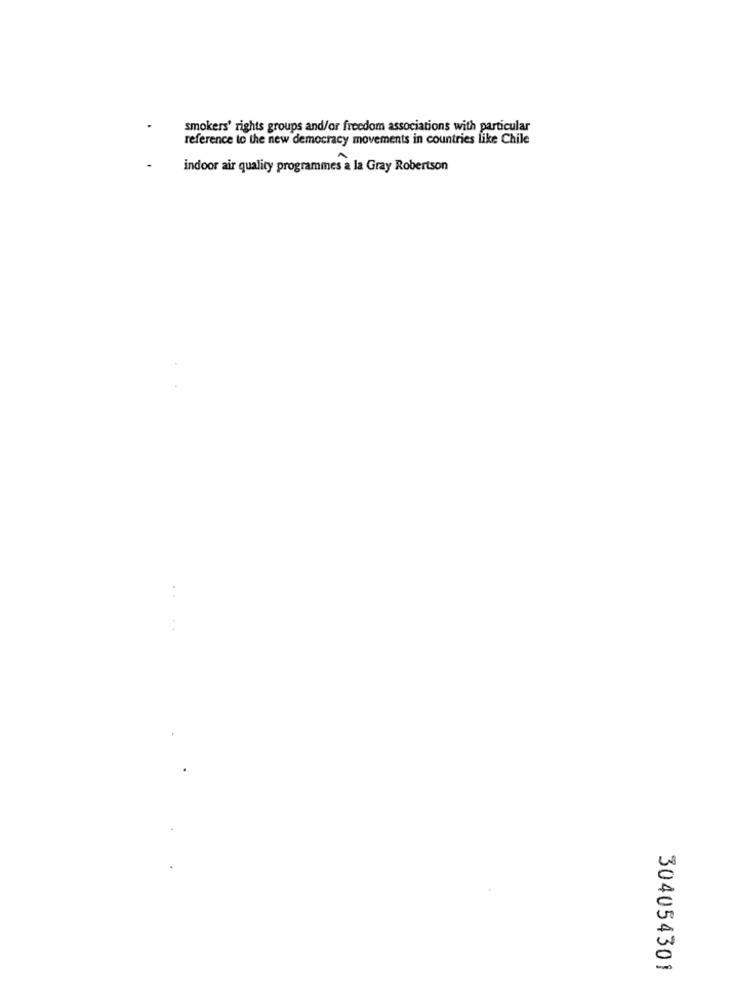
smokers' rights groups and/or freedom associations with particular
reference to the new democracy movements in countries like Chile
indoor air quality programmes a la Gray Robertson
304054301